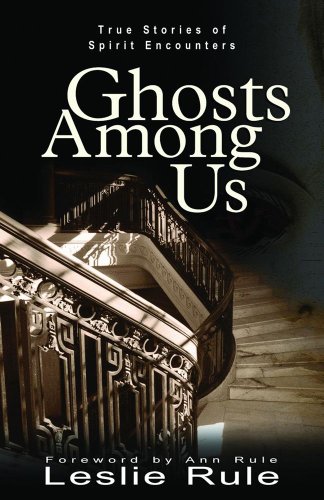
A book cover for Ghosts Among Us: True Stories of Spirit Encounters; Leslie Rule; Religion & Spirituality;